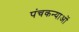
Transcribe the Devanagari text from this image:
पंचकन्याओं